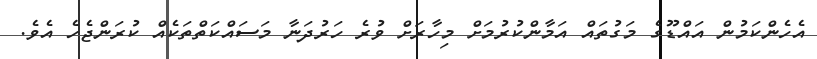
އެހެންކަމުން އައްޑޫގެ މަގުތައް އަމާންކުރުމަށް މިހާރަށް ވުރެ ހަރުދަނާ މަސައްކަތްތަކެއް ކުރަންޖެހެ އެވެ.